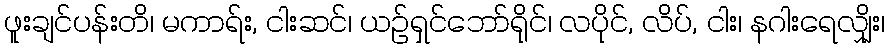
ဖူးချင်ပန်းတိ၊ မကာရ်း, ငါးဆင်၊ ယဉ်ရှင်ဘော်ရိုင်၊ လပိုင်, လိပ်, ငါး၊ နဂါးရေလျှိုး၊